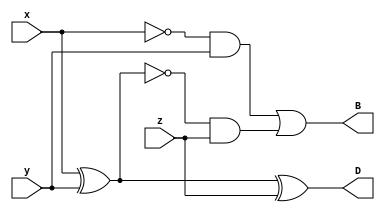
`timescale 1ns / 1ps
//////////////////////////////////////////////////////////////////////////////////
// Company: 
// Engineer: 
// 
// Design Name: 
// Module Name: Lab2_full_sub
// Project Name: 
// Target Devices: 
// Tool Versions: 
// Description: 
// 
// Dependencies: 
// 
// Revision:
// Revision 0.01 - File Created
// Additional Comments:
// 
//////////////////////////////////////////////////////////////////////////////////


module Lab2_full_sub(
    x,
    y,
    z,
    B,
    D

    );
    
input x;
input y;
input z;
output B;
output D;

wire w1;
wire w2;
wire w3;

xor g1(w1,x,y);
and g2(w2,~x,y);
and g3(w3,~w1,z);
or g4(B,w2,w3);
xor g5(D,w1,z);

endmodule